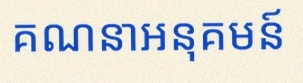
គណនាអនុគមន៍